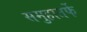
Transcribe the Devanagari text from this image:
समुहातर्फे